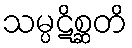
သမ္ပဋိစ္ဆတိ